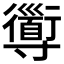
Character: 𡭑